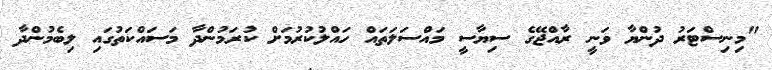
"މިނިސްޓަރު ދުންޔާ ވަނީ ރާއްޖޭގެ ސިޔާސީ މައްސަލަތައް ހައްލުކުރުމަށް ކުރަމުންދާ މަސައްކަތުގައި ލިބެމުންދާ